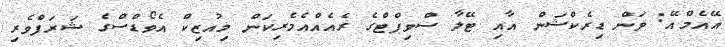
އޭއެމްއޭ: ވަން ޑިރެކްޝަން އާއި ޓޭލާ ސްވިފްޓްގެ ރެއެއްއެމެރިކަން މިއުޒިކް އެވޯޑްސްގެ ޝަރަފްވެރި